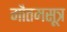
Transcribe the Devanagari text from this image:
गौतमसूत्र